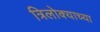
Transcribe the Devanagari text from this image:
त्रिलोक्याच्या